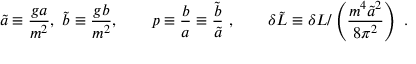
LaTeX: { \tilde { a } } \equiv \frac { g a } { m ^ { 2 } } , \ { \tilde { b } } \equiv \frac { g b } { m ^ { 2 } } , \qquad p \equiv \frac { b } { a } \equiv \frac { { \tilde { b } } } { { \tilde { a } } } \ , \qquad \delta { \tilde { \cal L } } \equiv \delta { \cal L } / \left( \frac { m ^ { 4 } { \tilde { a } } ^ { 2 } } { 8 \pi ^ { 2 } } \right) \ .